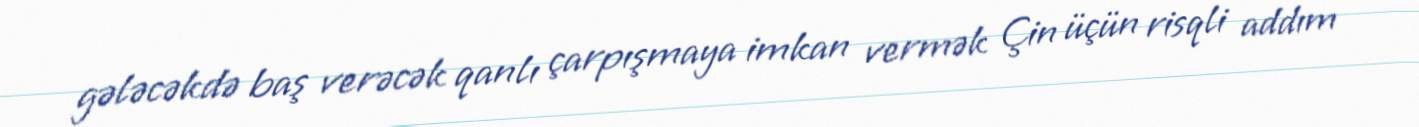
gələcəkdə baş verəcək qanlı çarpışmaya imkan vermək Çin üçün risqli addım